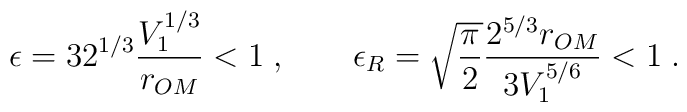
\epsilon = 3 2^{1/3} \frac{V_1^{1/3}}{r_{OM}} < 1 \; , \qquad  \epsilon_R = \sqrt{\frac{\pi}{2}}\frac{2^{5/3}r_{OM}}{3V_1^{5/6}} < 1 \; .